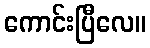
ကောင်းပြီလေ။